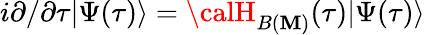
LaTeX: i\partial/\partial\tau|\Psi(\tau)\rangle={\calH}_{B(\mathbf{M})}(\tau)|\Psi(\tau)\rangle